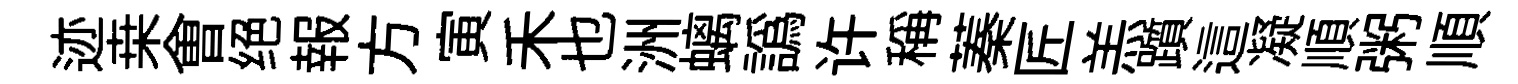
迹桒㑹绝報方寅禾也洲螭譌许稱蓁匠羔躓這凝順粥順